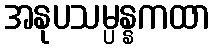
အနုပသမ္ပန္နကထာ